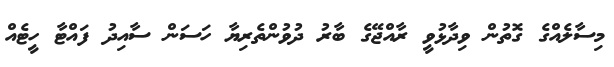
މިސާލެއްގެ ގޮތުން ވިދާޅުވީ ރާއްޖޭގެ ބާރު ދުވުންތެރިޔާ ހަސަން ސާއިދު ފައްޓާ ހީޓެއް